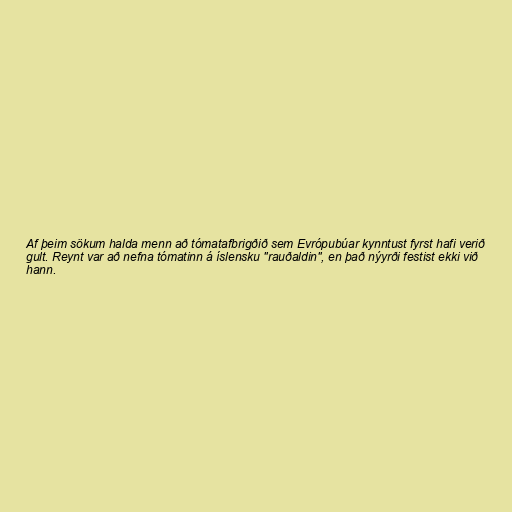
Af þeim sökum halda menn að tómatafbrigðið sem Evrópubúar kynntust fyrst hafi verið
gult. Reynt var að nefna tómatinn á íslensku "rauðaldin", en það nýyrði festist ekki við
hann.